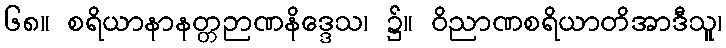
၆၈။ စရိယာနာနတ္တဉာဏနိဒ္ဒေသ၊ ၌။ ဝိညာဏစရိယာတိအာဒီသူ၊